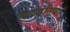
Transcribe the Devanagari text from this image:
किवदंतिया